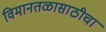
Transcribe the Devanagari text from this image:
विमानतळासाठीचा